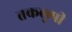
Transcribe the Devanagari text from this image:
तकलुपी